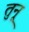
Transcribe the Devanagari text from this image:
तुनू